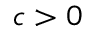
c > 0